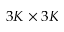
3 K \times 3 K